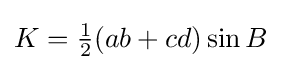
K={\tfrac {1}{2}}(ab+cd)\sin {B}